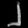
Digit: ၂